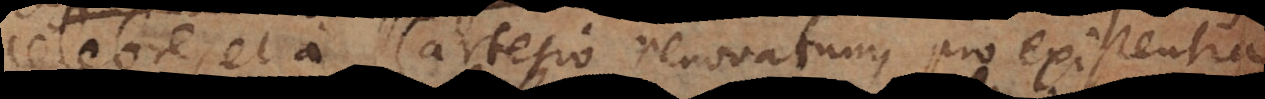
celebre, et a Cartesio renovatum, pro Existentia